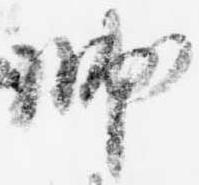
帥